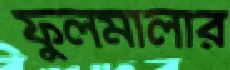
ফুলমালার